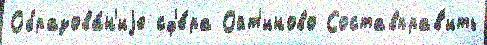
Образова́н'иjе сф'е́ра Ойт'иново Составправ'ить